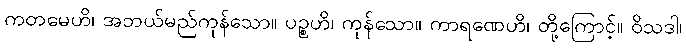
ကတမေဟိ၊ အဘယ်မည်ကုန်သော။ ပဉ္စဟိ၊ ကုန်သော။ ကာရဏေဟိ၊ တို့ကြောင့်။ ဝိသဒါ၊